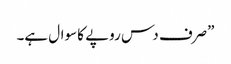
”صرف دس روپے کا سوال ہے۔